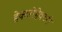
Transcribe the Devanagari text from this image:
हेक्टरीहेक्टरी